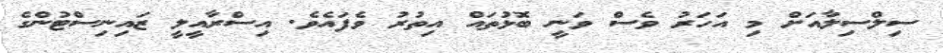
ސިލްސިލާއަށް މި އަހަރު ވެސް ވަނީ ބޮޅުތައް އިތުރު ވެފައެވެ. އިސްރާއީލީ ޒައިނިސްޓުންގެ